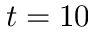
t = 1 0